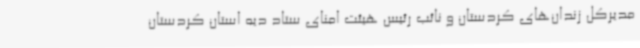
مدیرکل زندان‌های کردستان و نائب رئیس هیئت امنای ستاد دیه استان کردستان